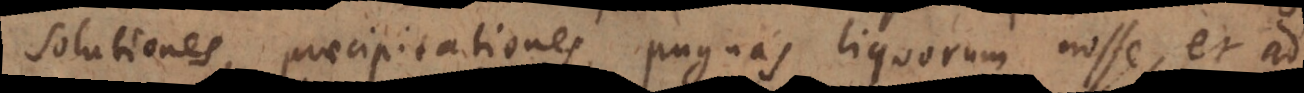
solutiones, praecipitationes, pugnas liquorum nosse, et ad